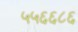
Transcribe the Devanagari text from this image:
५५६६८६